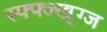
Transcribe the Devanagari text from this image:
स्फ्फ्ज्ख्ग्ज